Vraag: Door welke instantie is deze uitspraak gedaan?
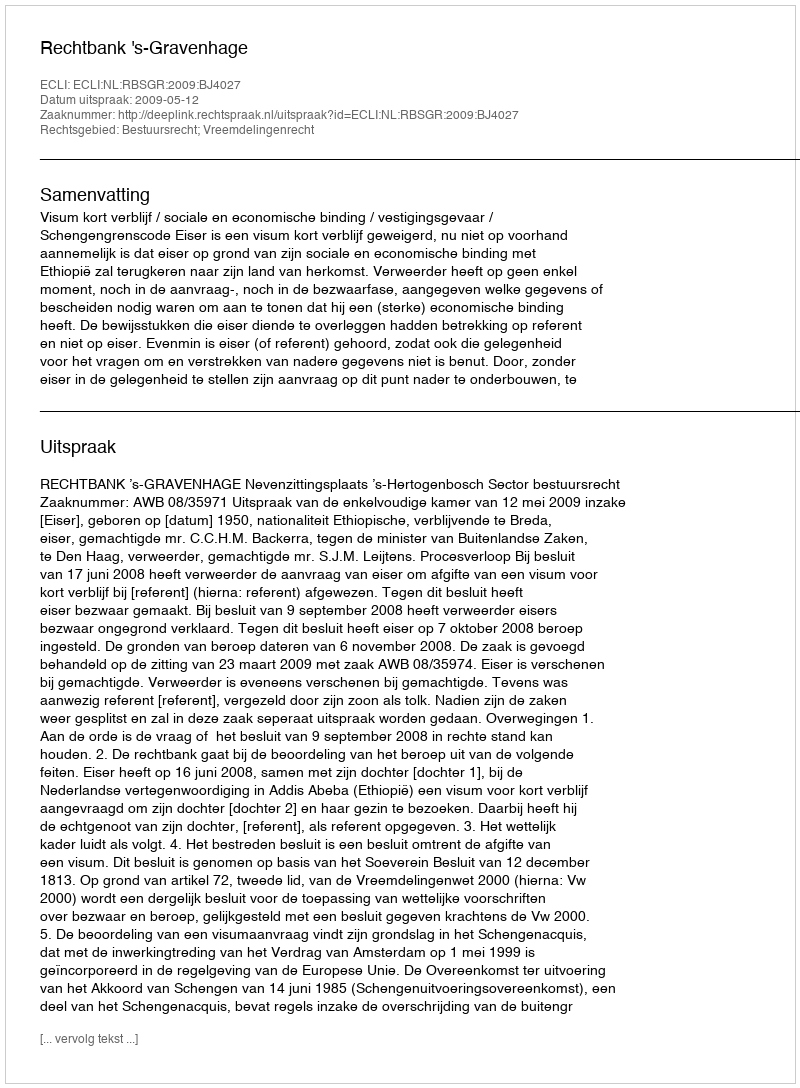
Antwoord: Rechtbank 's-Gravenhage